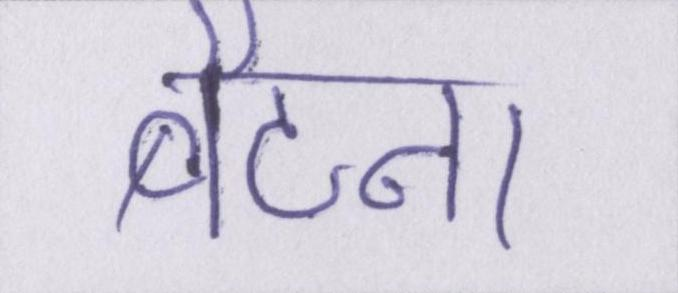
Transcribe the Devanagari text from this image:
बैठना